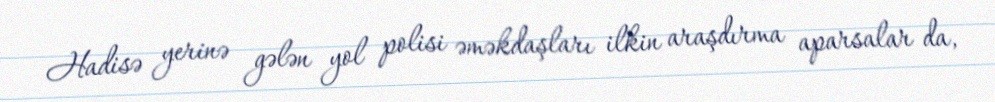
Hadisə yerinə gələn yol polisi əməkdaşları ilkin araşdırma aparsalar da,